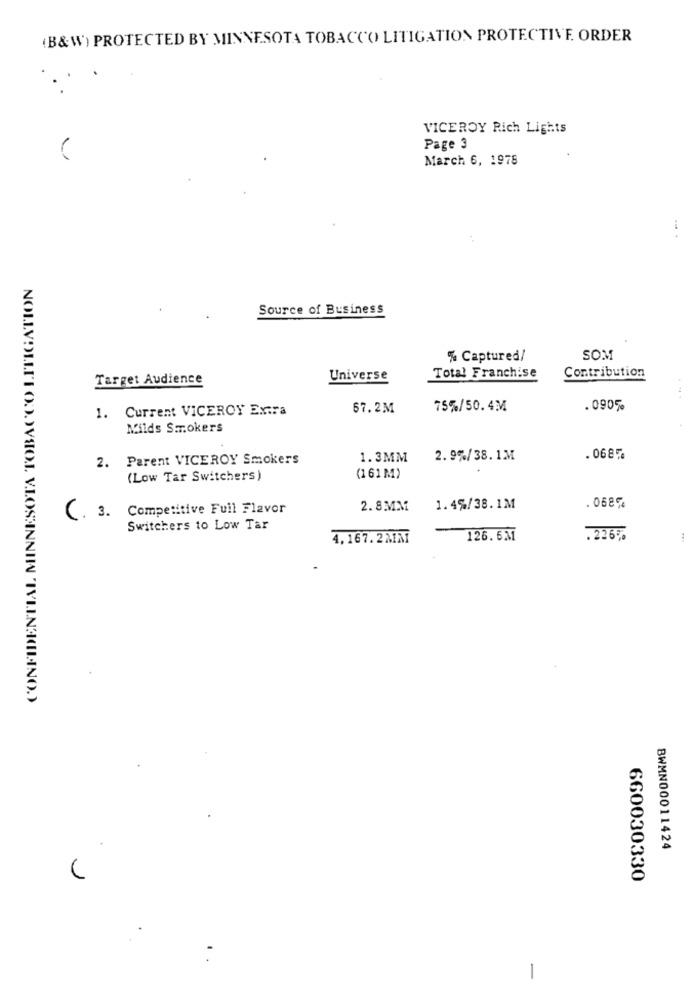
(B&W) PROTECTED BY MINNESOTA TOBACCO LITIGATION PROTECTIVE. ORDER
VICEROY Rich Lights
Page 3
March 6, 1978
Source of Business
% Captured/
SOM
Target Audience
Universe
Total Franchise
Contribution
1. Current VICEROY Extra
67.2M
75%/50.4MM
. 090%%
Milds Smokers
2. Parent VICEROY Smokers
1.3MM
2.9%/38. 1.M
. 068
(Low Tar Switchers)
(1 61 M)
Competitive Fuil Flavor
2. 8MM
1.4%/38.1M
. 068
C.
Switchers to Low Tar
4,167. 2MA
126.631
.226%
NOLLVOLLTIODVSO.J. V.LOSHANNIN 'IVILNA(LINO.)
BWMN00011424
660030330
1